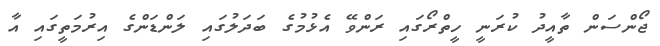
ޖޯންސަން ތާއީދު ކުރަނީ ހީތްރޯގައި ރަންވޭ އެޅުމުގެ ބަދަލުގައި ލަންޑަންގެ އިރުމަތީގައި އާ